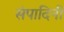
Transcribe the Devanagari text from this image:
संपादिनी